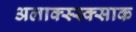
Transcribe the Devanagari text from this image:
अलाक्स्स्क्साक